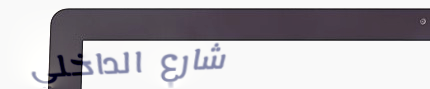
شارع الداخلي